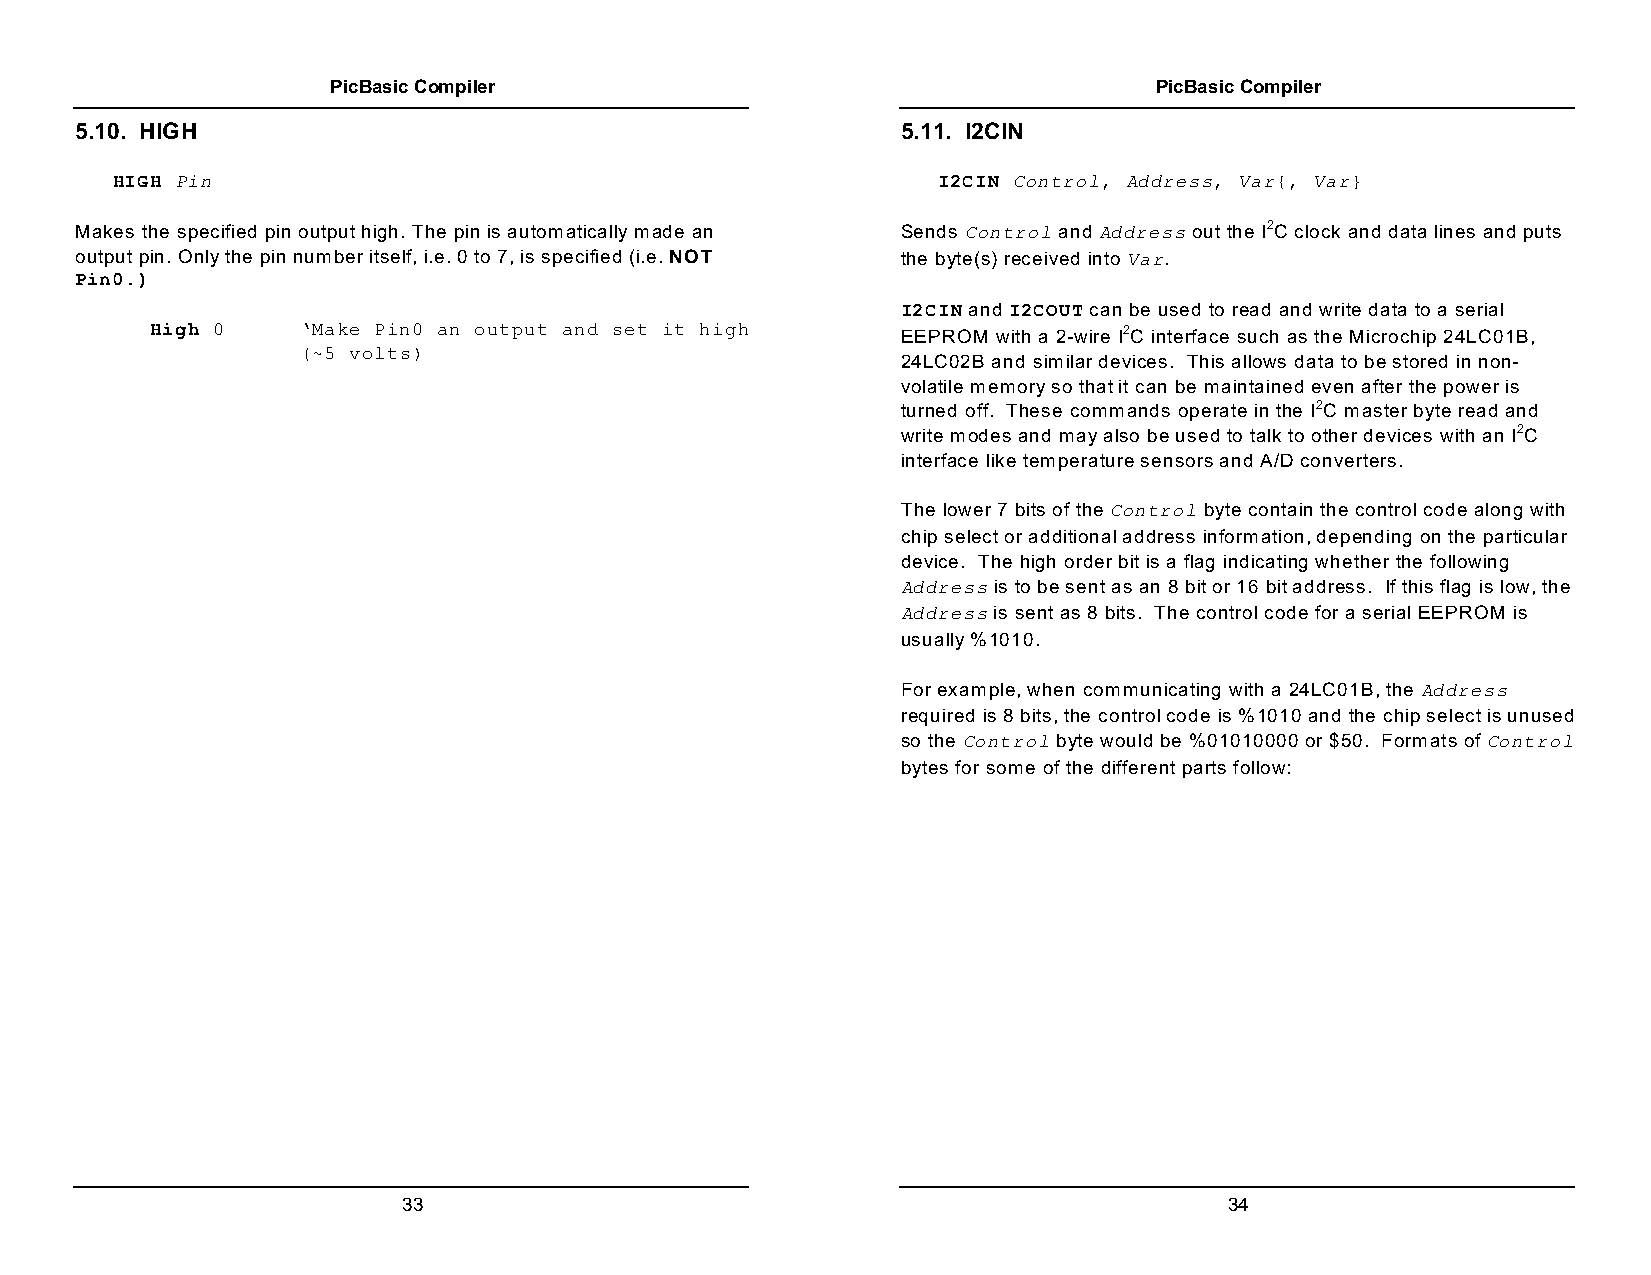
PicBasic Compiler                                     PicBasic Compiler
 5.10. HIGH                                             5.11. I2CIN
 HIGH Pin                                               I2CIN Control, Address, Var{, Var}
 Makes the specified pin output high. The pin is automatically made an Sends Control and Address out the I2C clock and data lines and puts
 output pin. Only the pin number itself, i.e. 0 to 7, is specified (i.e. NOT the byte(s) received into Var.
 Pin0.)
 I2CIN and I2COUT can be used to read and write data to a serial
 High 0    ‘Make Pin0 an output and set it high    EEPROM with a 2-wire I2C interface such as the Microchip 24LC01B,
 (~5 volts)
 24LC02B and similar devices. This allows data to be stored in non-
 volatile memory so that it can be maintained even after the power is
 turned off. These commands operate in the I2C master byte read and
 write modes and may also be used to talk to other devices with an I2C
 interface like temperature sensors and A/D converters.
 The lower 7 bits of the Control byte contain the control code along with
 chip select or additional address information, depending on the particular
 device. The high order bit is a flag indicating whether the following
 Address is to be sent as an 8 bit or 16 bit address. If this flag is low, the
 Address is sent as 8 bits. The control code for a serial EEPROM is
 usually %1010.
 For example, when communicating with a 24LC01B, the Address
 required is 8 bits, the control code is %1010 and the chip select is unused
 so the Control byte would be %01010000 or $50. Formats of Control
 bytes for some of the different parts follow:
 33                                                    34